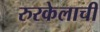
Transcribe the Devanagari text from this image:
रुरकेलाची